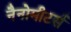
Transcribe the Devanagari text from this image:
नैनोमीटर्स